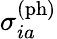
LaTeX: \sigma_{ia}^{\mathrm{(ph)}}